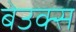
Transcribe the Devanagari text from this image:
बेउक्स